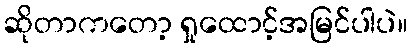
ဆိုတာကတော့ ရှုထောင့်အမြင်ပါပဲ။